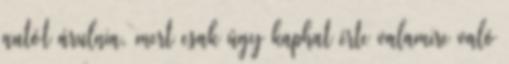
autót árulnia, mert csak úgy kaphat érte valamire való